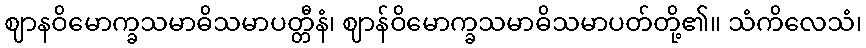
ဈာနဝိမောက္ခသမာဓိသမာပတ္တီနံ၊ ဈာန်ဝိမောက္ခသမာဓိသမာပတ်တို့၏။ သံကိလေသံ၊